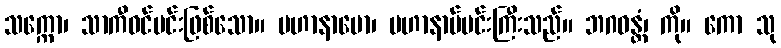
သက္ကော၊ သာကီဝင်မင်းဖြစ်သော။ မဟာနာမော၊ မဟာနာမ်မင်းကြီးသည်။ ဘဂဝန္တံ၊ ကို။ ကော သု